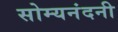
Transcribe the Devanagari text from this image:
सोम्यनंदनी